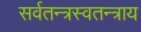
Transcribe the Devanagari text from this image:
सर्वतन्त्रस्वतन्त्राय